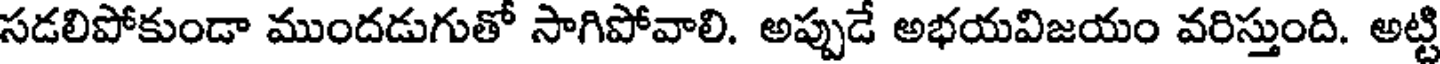
సడలిపోకుండా ముందడుగుతో సాగిపోవాలి. అప్పుడే అభయవిజయం వరిస్తుంది. అట్టి